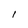
Character: 1